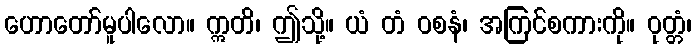
ဟောတော်မူပါလော။ ဣတိ၊ ဤသို့။ ယံ တံ ဝစနံ၊ အကြင်စကားကို။ ဝုတ္တံ၊